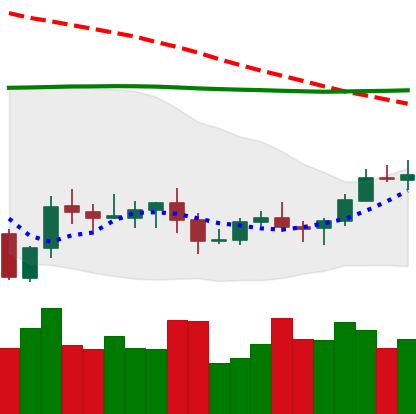
Ticker: XLM-USD
Chart end date: 2020-10-12
Forward return: 5.449%
Label: up_5_7